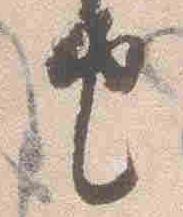
由